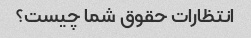
انتظارات حقوق شما چیست؟